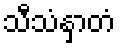
သီသံနှာတံ